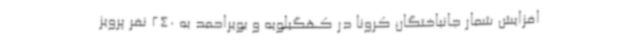
افزایش شمار جانباختگان کرونا در کهگیلویه و بویراحمد به 240 نفر پرویز